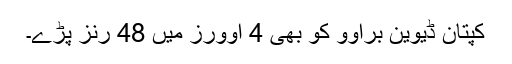
کپتان ڈیوین براوو کو بھی 4 اوورز میں 48 رنز پڑے۔